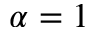
\alpha = 1